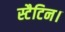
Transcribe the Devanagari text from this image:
स्टैटिन।